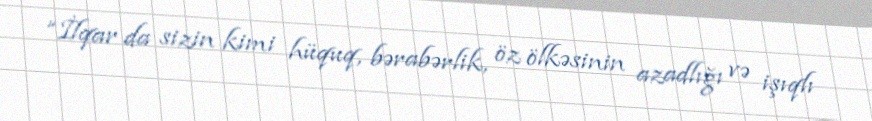
“İlqar da sizin kimi hüquq, bərabərlik, öz ölkəsinin azadlığı və işıqlı